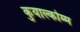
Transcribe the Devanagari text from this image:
कुयाल्कोम्म